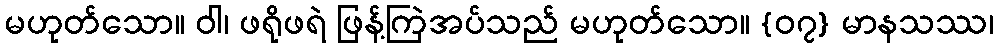
မဟုတ်သော။ ဝါ၊ ဖရိုဖရဲ ဖြန့်ကြဲအပ်သည် မဟုတ်သော။ {၀၇} မာနသဿ၊